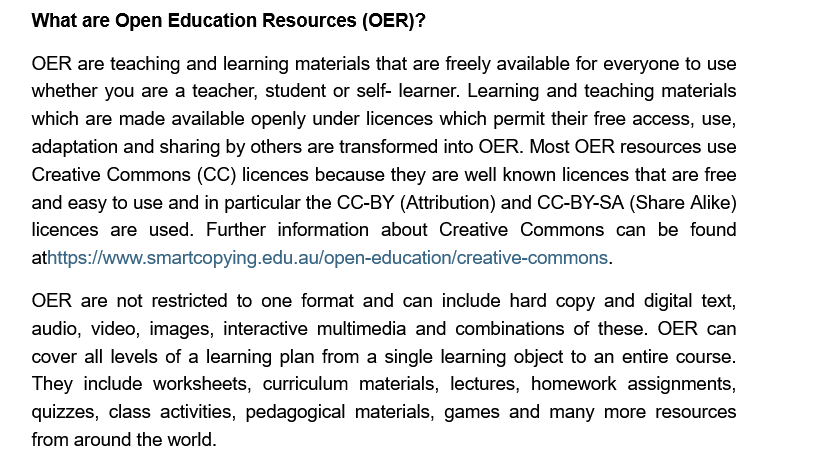
What are Open Education Resources (OER)?
    OER are teaching and learning materials that are freely available for everyone to use
    whether you are a teacher, student or self- learner. Learning and teaching materials
    which are made available openly under licences which permit their free access, use,
    adaptation and sharing by others are transformed into OER. Most OER resources use
    Creative Commons (CC) licences because they are well known licences that are free
    and easy to use and in particular the CC-BY (Attribution) and CC-BY-SA (Share Alike)
    licences are used. Further information about Creative Commons can be found
    athttps:/www.smartcopying.edu.au/open-education/creative-commons.
    OER are not restricted to one format and can include hard copy and digital text,
    audio, video, images, interactive multimedia and combinations of these. OER can
    cover all levels of a learning plan from a single learning object to an entire course.
    They include worksheets, curriculum materials, lectures, homework assignments,
    quizzes, class activities, pedagogical materials, games and many more resources
    from around the world.